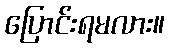
ပြောင်းရမလား။